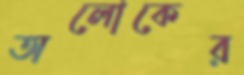
অলোকের